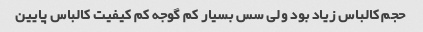
حجم کالباس زیاد بود ولی سس بسیار کم گوجه کم کیفیت کالباس پایین